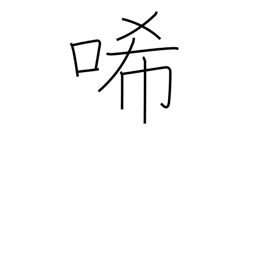
Meaning: grieve